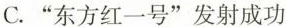
C.“东方红一号”发射成功